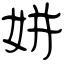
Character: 姘